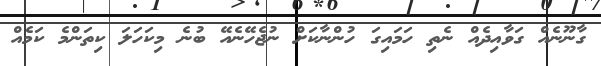
ގާނޫނެއް ގަވާއިދެއް ނެތި ހަމައިގަ ހުންނާކަށް ނުޖެހޭނެއޭ ބުނެ މިކަހަލަ ކިތަންމެ ކަމެއް